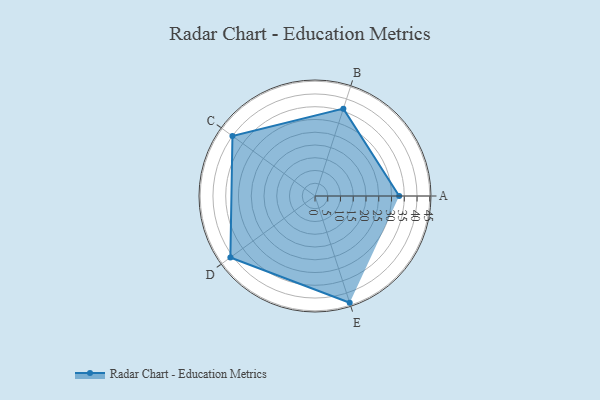
{"axis": {"x": "Skill", "y": "Score"}, "legend": ["Profile"], "data": [{"x": "A", "y": 33.0, "type": "Profile"}, {"x": "B", "y": 36.0, "type": "Profile"}, {"x": "C", "y": 40.0, "type": "Profile"}, {"x": "D", "y": 41.0, "type": "Profile"}, {"x": "E", "y": 44.0, "type": "Profile"}]}